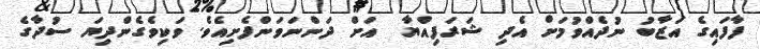
ފާފައިގެ އަޒާބު ނުދެއްވުމަށް އެދި ޝަރަފިއްޔާ  އަށް ދަންނަވަންފެށިއެވެ. ވަކިވެގެންދިޔަ ސުދާގެ